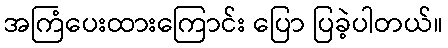
အကြံပေးထားကြောင်း ပြော ပြခဲ့ပါတယ်။